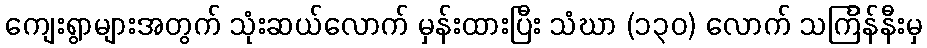
ကျေးရွာများအတွက် သုံးဆယ်လောက် မှန်းထားပြီး သံဃာ (၁၃၀) လောက် သင်္ကြန်နီးမှ